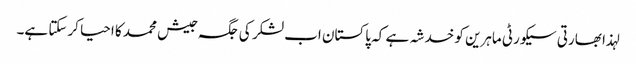
لہذا بھارتی سیکورٹی ماہرین کو خدشہ ہے کہ پاکستان اب لشکر کی جگہ جیش محمد کا احیا کرسکتا ہے۔